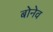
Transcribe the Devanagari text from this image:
बोनेव